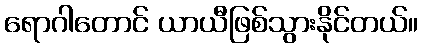
ရောဂါတောင် ယာယီဖြစ်သွားနိုင်တယ်။